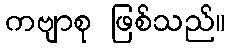
ကဗျာစု ဖြစ်သည်။